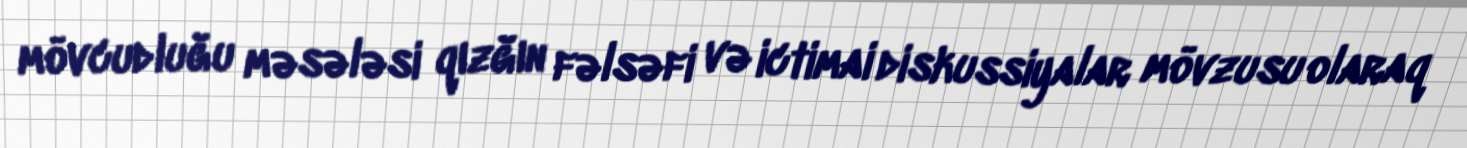
mövcudluğu məsələsi qızğın fəlsəfi və ictimai diskussiyalar mövzusu olaraq